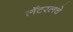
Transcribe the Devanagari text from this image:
लॅटरलचे